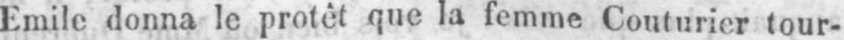
Emile donna le protêt que la femme Couturier tour-